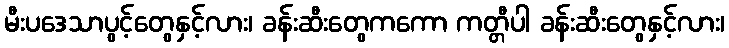
မီးပဒေသာပွင့်တွေနှင့်လား၊ ခန်းဆီးတွေကကော ကတ္တီပါ ခန်းဆီးတွေနှင့်လား၊